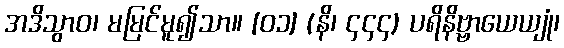
အဒိသွာဝ၊ မမြင်မူ၍သာ။ [၀၁] (နိ၊ ၄၄၄) ပရိနိဗ္ဗာယေယျုံ၊